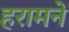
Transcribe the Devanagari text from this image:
हरामने